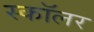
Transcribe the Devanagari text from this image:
स्‍कॉलर